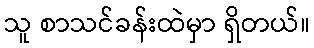
သူ စာသင်ခန်းထဲမှာ ရှိတယ်။